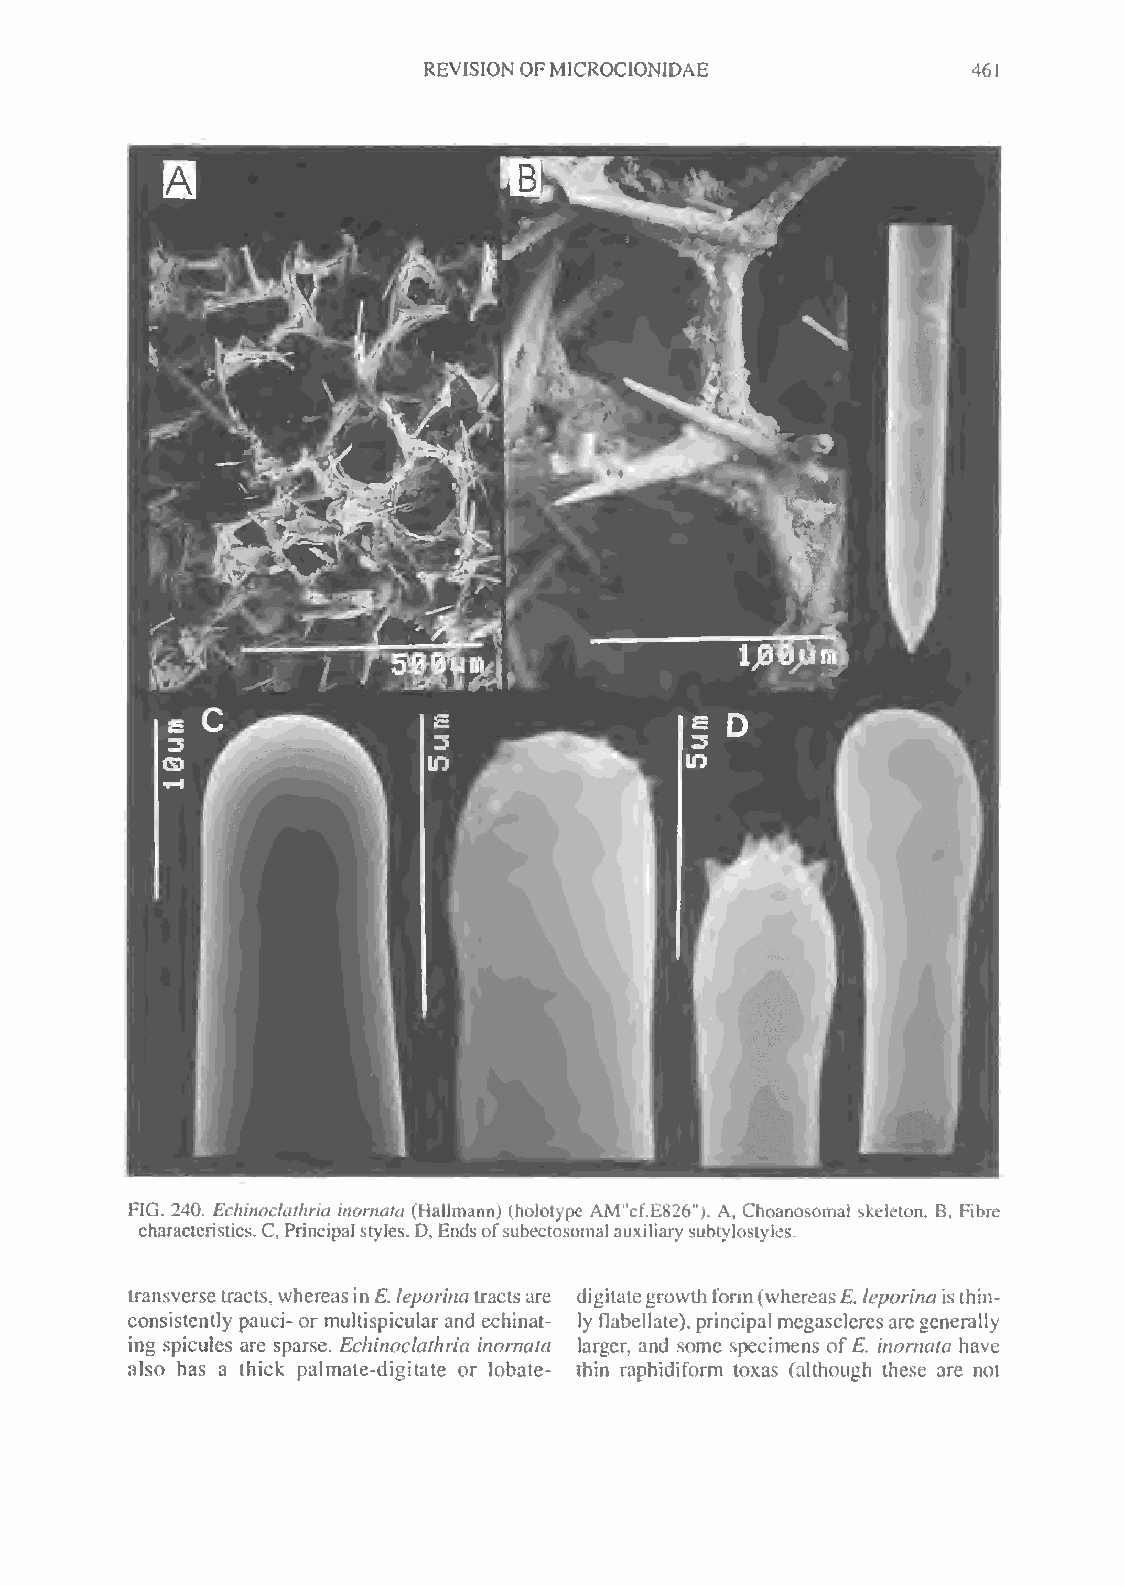
REVISION OFMICROCIONIDAE            461
 FIG. 240. Echinocktthria inornata (Hallmann) (holotype
 AMMcf.E826").
 A, Choanosomal skeleton. B, Fibre
 characteristics.C, Principalstyles. D,Endsofsubectosomal auxiliary subtylostyles.
 transverse tracts, whereasinE. leporinatractsare digitategrowth form(whereasE. leporinaisthin-
 consistently pauci-or multispicular and echinat- ly flabellate),principalmegascleresaregenerally
 ing spicules are sparse. Echinoclathria inornata larger, and some specimens ofE. inornata have
 also has a thick palmate-digitate or lobate- thin raphidiform toxas (although these are not